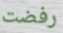
رفضت